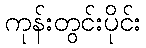
ကုန်းတွင်းပိုင်း